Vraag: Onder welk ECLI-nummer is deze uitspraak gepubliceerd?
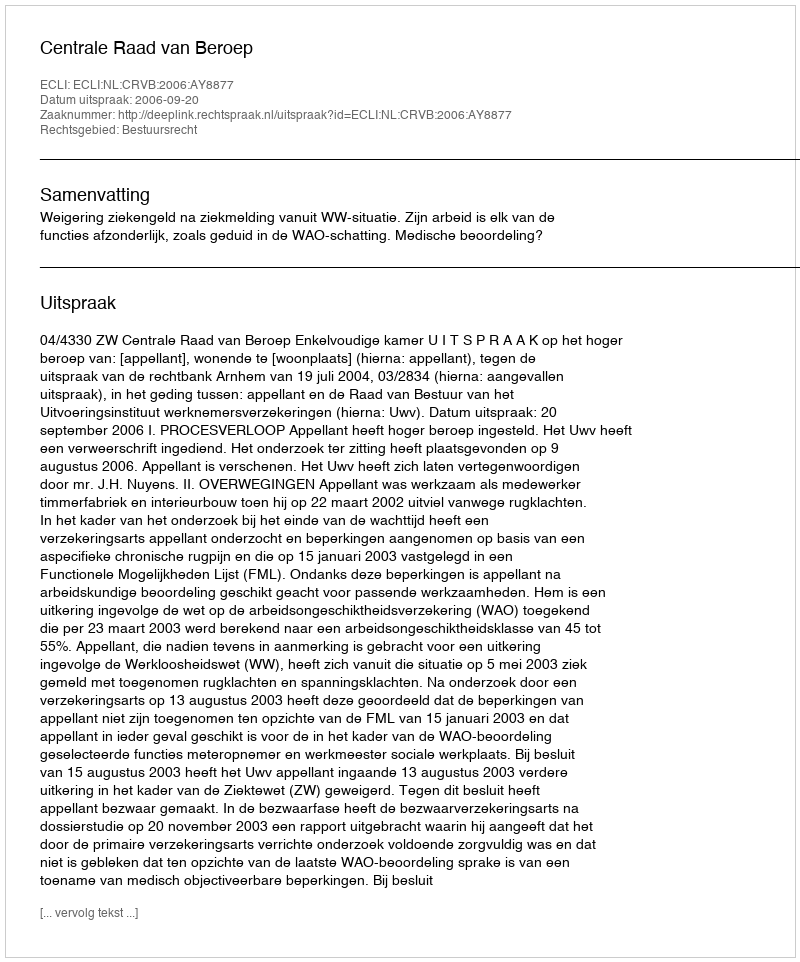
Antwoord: ECLI:NL:CRVB:2006:AY8877